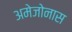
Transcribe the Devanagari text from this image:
अमेजोनास